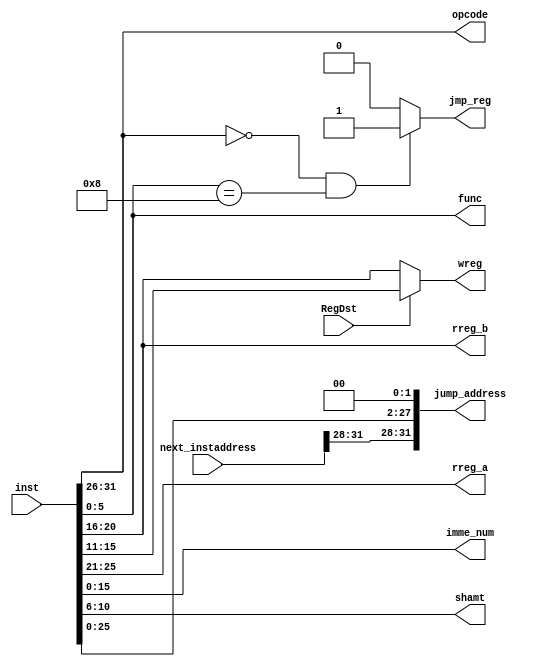
module id(
    input [31:0] inst,
    input [31:0] next_instaddress,
    input RegDst,                 //regdst
    output [5:0] opcode,
    output [4:0] rreg_a,         //1 Rs
    output [4:0] rreg_b,         //2 Rt
    output [4:0] wreg,           // Rd
    output [15:0] imme_num,       //
    output [5:0] func,           //func 
    output [4:0] shamt,
    output reg jmp_reg,           //jr pc
    output [31:0] jump_address
);

assign jump_address = {next_instaddress[31:28],inst[25:0],2'b00};
assign opcode = inst[31:26];
assign rreg_a = inst[25:21];
assign rreg_b = inst[20:16];
assign shamt = inst[10:6];
assign func = inst[5:0];
assign wreg = (RegDst == 1'b0)?inst[20:16]:inst[15:11];
assign imme_num = inst[15:0];       

always @(*) begin 
    if(opcode == 6'h0 && func == 6'h08)
        jmp_reg <= 1'b1;
    else 
        jmp_reg <= 1'b0;
end

endmodule